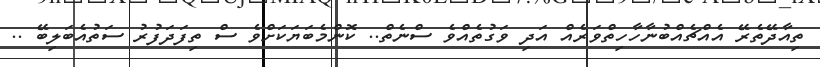
ތިއާދޭތެރޭ އެއްޗެއްބުނާހާހިތްވަރެއް އަދި ވަގުތެއްވެ ސްނެތް.. ކޮންމެބަޔަކަށްވެ ސް ތިފަދަފުރު ސަތުއެބަލިބޭ ..